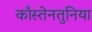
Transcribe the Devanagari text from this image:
काँस्तेनतुनिया